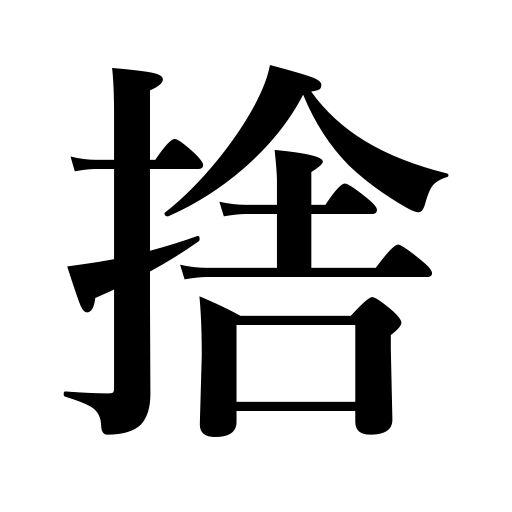
Meanings: throw away,relinquish,give up,lay down one's life,discard,sacrifice,condemn,renounce,resign,part with,abandon,reject,desert